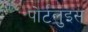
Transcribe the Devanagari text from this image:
पोर्टलुइस